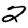
Digit: 2